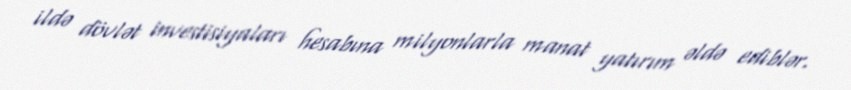
ildə dövlət investisiyaları hesabına milyonlarla manat yatırım əldə ediblər.